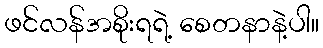
ဖင်လန်အစိုးရရဲ့ စေတနာနဲ့ပါ။